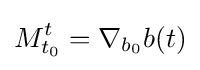
M_{t_{0}}^{t}=\nabla _{b_{0}}b(t)